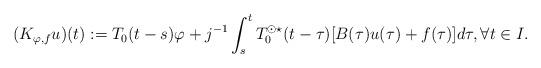
LaTeX: \begin{align*} (K_{\varphi,f}u)(t) := T_0(t-s)\varphi + j^{-1} \int_s^t T_0^{\odot \star}(t-\tau) [B(\tau)u(\tau) + f(\tau)] d\tau, \forall t \in I.\end{align*}